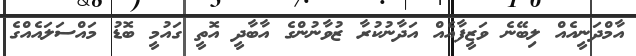
އާމްދަނީއެއް ލިބޭނެ ވަޒީފާއެއް އަދާނުކުރާ ޒުވާނުންގެ އާބާދީ އޮތީ ގައުމީ ބޮޑު މައްސަލައެއްގެ